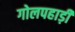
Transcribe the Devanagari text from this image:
गोलपहाड़ी